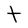
Character: t